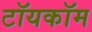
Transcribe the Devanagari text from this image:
टॉयकॉम